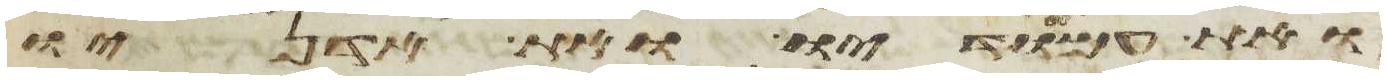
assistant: ואת עמודיו ואת אדניו